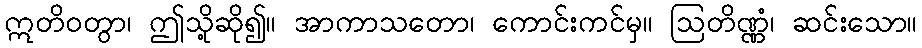
ဣတိဝတွာ၊ ဤသို့ဆို၍။ အာကာသတော၊ ကောင်းကင်မှ။ ဩတိဏ္ဏံ၊ ဆင်းသော။